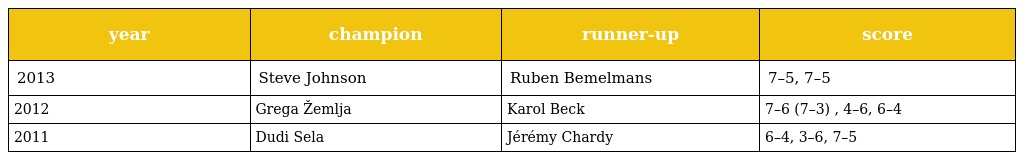
| year | champion | runner-up | score |
 | --- | --- | --- | --- |
 | 2013 | Steve Johnson | Ruben Bemelmans | 7–5, 7–5 |
 | 2012 | Grega Žemlja | Karol Beck | 7–6 (7–3) , 4–6, 6–4 |
 | 2011 | Dudi Sela | Jérémy Chardy | 6–4, 3–6, 7–5 |